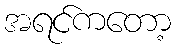
အရင်ကတော့